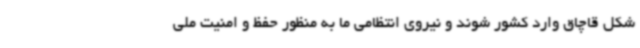
شکل قاچاق وارد کشور شوند و نیروی انتظامی ما به منظور حفظ و امنیت ملی